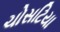
ચોસટિયા